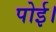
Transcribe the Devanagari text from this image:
पोई।